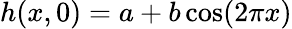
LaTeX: h(x,0)=a+b\cos(2\pi x)